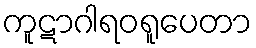
ကူဋာဂါရဝရူပေတာ